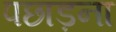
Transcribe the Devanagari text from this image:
पछाड़ना